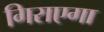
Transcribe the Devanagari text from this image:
गिराएगा